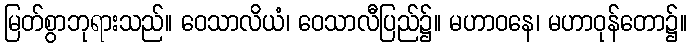
မြတ်စွာဘုရားသည်။ ဝေသာလိယံ၊ ဝေသာလီပြည်၌။ မဟာဝနေ၊ မဟာဝုန်တော၌။